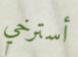
أسترخي